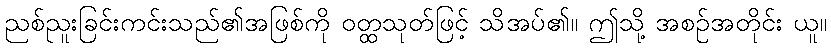
ညစ်ညူးခြင်းကင်းသည်၏အဖြစ်ကို ဝတ္ထသုတ်ဖြင့် သိအပ်၏။ ဤသို့ အစဉ်အတိုင်း ယူ။